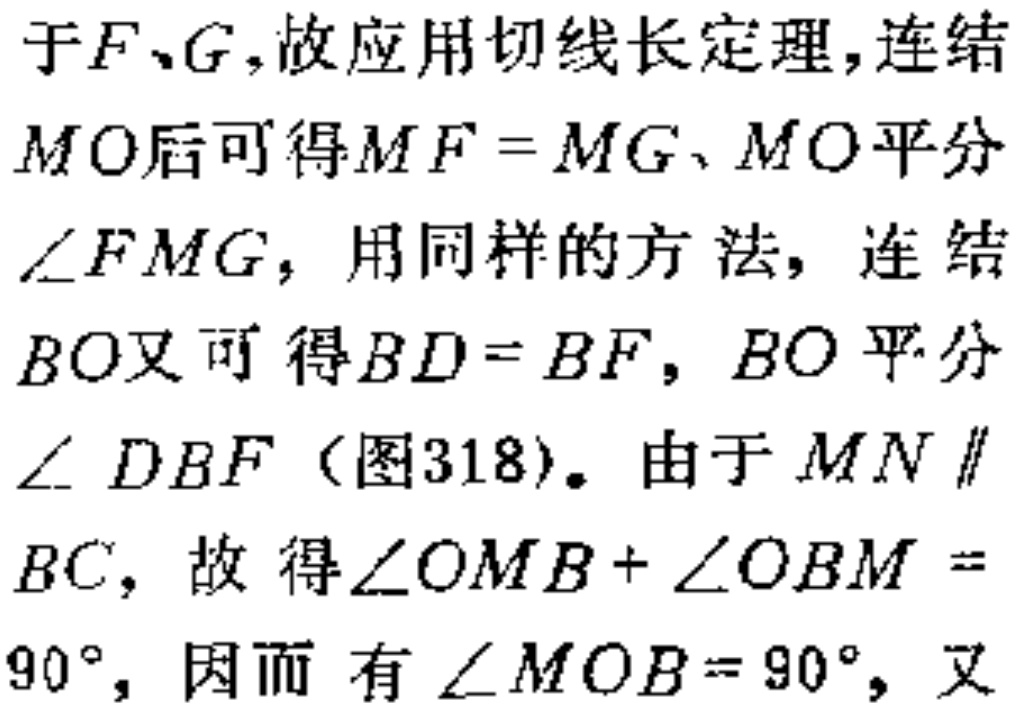
于\(F、G\)，故应用切线长定理，连结\(MO\)后可得\(MF = MG\)、\(MO\)平分\(\angle FMG\)，用同样的方法，连结\(BO\)又可得\(BD = BF\)，\(BO\)平分\(\angle DBF\)（图318）。由于\(MN \parallel BC\)，故得\(\angle OMB+\angle OBM = 90^{\circ}\)，因而有\(\angle MOB = 90^{\circ}\)，又